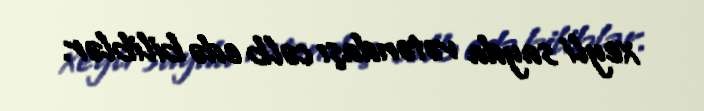
xeyli sayda vətəndaşı cəlb edə biliblər.